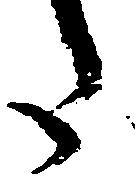
た